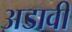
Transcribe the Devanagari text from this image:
अडावी